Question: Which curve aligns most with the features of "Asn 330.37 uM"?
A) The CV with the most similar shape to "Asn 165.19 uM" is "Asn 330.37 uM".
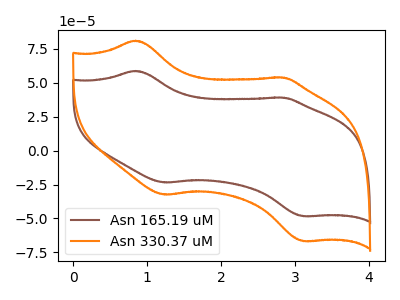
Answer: <think>The brown curve "Asn 165.19 uM" has anodic peaks at (0.85V, 58.65uA) (2.85V, 39.00uA) and cathodic peaks at (1.25V, -23.55uA) (3.10V, -48.35uA). The orange curve "Asn 330.37 uM" has anodic peaks at (0.85V, 80.95uA) (2.85V, 53.80uA) and cathodic peaks at (1.25V, -32.50uA) (3.10V, -66.70uA).
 All the peaks in "Asn 165.19 uM" have a peak in "Asn 330.37 uM" at the same potential. Every peak in "Asn 165.19 uM" is lower than every peak in "Asn 330.37 uM".</think>
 <answer>A) The CV with the most similar shape to "Asn 165.19 uM" is "Asn 330.37 uM".</answer>
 <eval>A</eval>